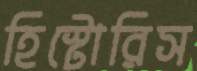
হিস্টোরিস